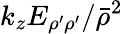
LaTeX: k_{z}E_{\rho^{\prime}\rho^{\prime}}/\bar{\rho}^{2}